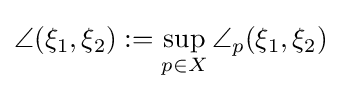
\angle (\xi _{1},\xi _{2}):=\sup _{p\in X}\angle _{p}(\xi _{1},\xi _{2})